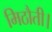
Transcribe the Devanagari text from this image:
मिठौती।